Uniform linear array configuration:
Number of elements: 32
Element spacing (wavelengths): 0.75
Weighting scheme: exponential
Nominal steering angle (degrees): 15
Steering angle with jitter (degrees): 13.804
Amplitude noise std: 0.05
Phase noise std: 0.05

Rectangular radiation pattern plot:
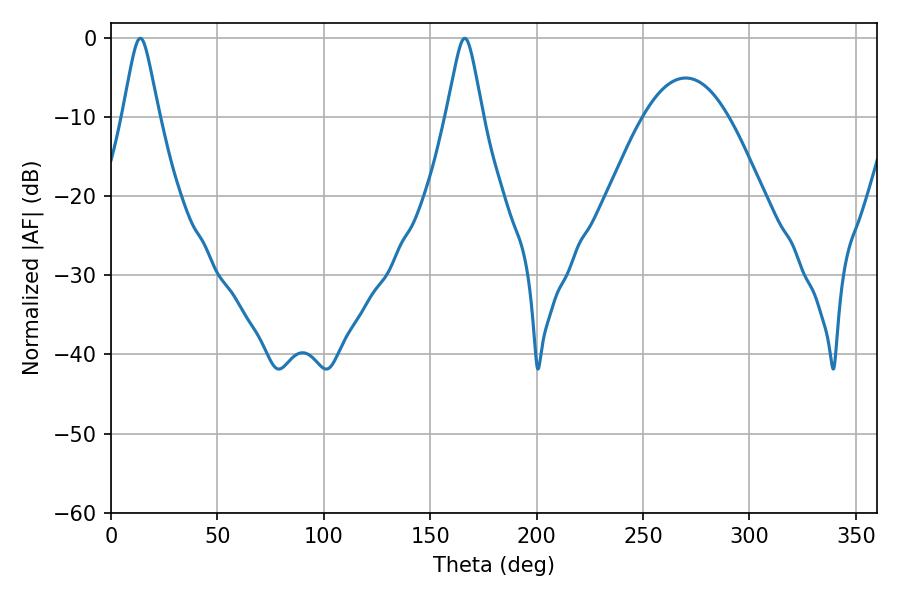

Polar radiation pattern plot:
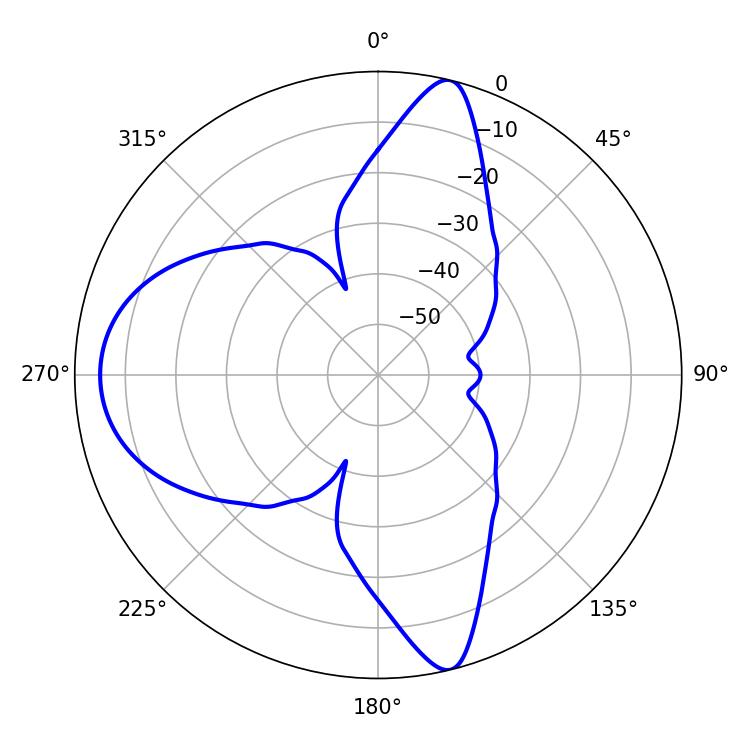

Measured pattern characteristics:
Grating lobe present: TRUE
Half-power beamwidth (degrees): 7.92
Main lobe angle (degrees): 13.86